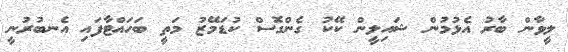
ލީވާން ބާރު އެޅުމުން ޝައިލީން ކޭކު ގެންގޮސް ކުޑަމޭޒު މަތީ ބަހައްޓާފައި އެނބުރުނީ